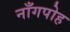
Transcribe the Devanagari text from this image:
नाँगपोह